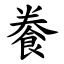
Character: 餋